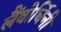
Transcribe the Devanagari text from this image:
लैंबोर्घिनी